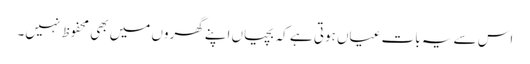
اس سے یہ بات عیاں ہوتی ہے کہ بچیاں اپنے گھروں میں بھی محفوظ نہیں۔